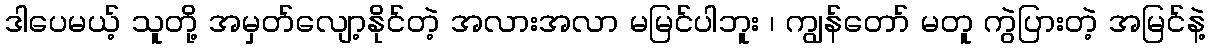
ဒါပေမယ့် သူတို့ အမှတ်လျော့နိုင်တဲ့ အလားအလာ မမြင်ပါဘူး ၊ ကျွန်တော် မတူ ကွဲပြားတဲ့ အမြင်နဲ့